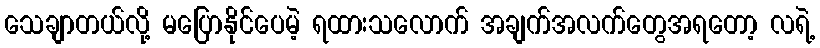
သေချာတယ်လို့ မပြောနိုင်ပေမဲ့ ရထားသလောက် အချက်အလက်တွေအရတော့ လရဲ့